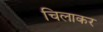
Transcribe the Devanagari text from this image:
चिलाकर